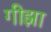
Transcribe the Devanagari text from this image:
गीझा